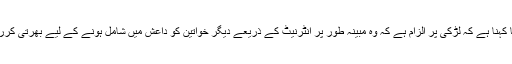
پولیس کا کہنا ہے کہ لڑکی پر الزام ہے کہ وہ مبینہ طور پر انٹرنیٹ کے ذریعے دیگر خواتین کو داعش میں شامل ہونے کے لیے بھرتی کررہی تھی۔